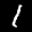
Label: 1